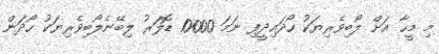
މި މީހާ އަށް ލޯބިވެރިޔަކު ހޯދައިދީފި ނަމަ 10000 ޑޮލަރު ލިބޭނެލޯބިވެރިޔަކު ހޯދަން